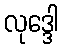
လုဒ္ဒေါ